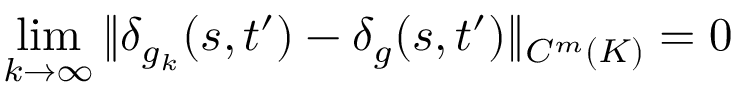
\, \operatorname* { l i m } _ { k \to \infty } \| \delta _ { g _ { k } } ( s , t ^ { \prime } ) - \delta _ { g } ( s , t ^ { \prime } ) \| _ { C ^ { m } ( K ) } = 0